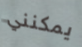
يمكنني